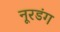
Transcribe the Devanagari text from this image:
नूरडंग